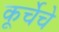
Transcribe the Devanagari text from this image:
कूर्चेचे